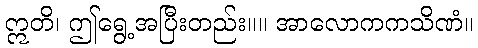
ဣတိ၊ ဤရွေ့အပြီးတည်း။။ အာလောကကသိဏံ။